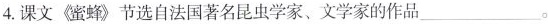
4. 课文《蜜蜂》节选自法国著名昆虫学家、文学家的作品___。